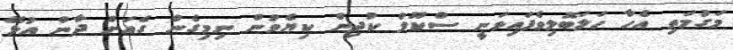
މަގުމަތި އެހާ ހަލަބޮލިވެފައިވަނީ ސްކޫލް ކުދިން ކިޔެވުން ނިމިގެން ގެއަށް ދާން އުޅޭ